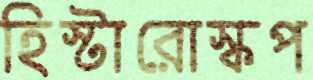
হিস্টারোস্কপ